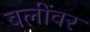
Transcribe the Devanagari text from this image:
बलींवर